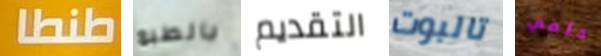
طنطا بالطبع التقديم تالبوت حلمي